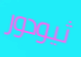
ثيودور